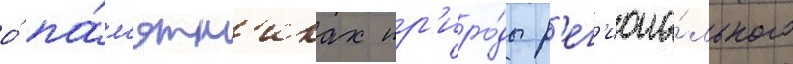
о́ па́м'ятн'иках пр'иро́ды р'ег'иона́льного